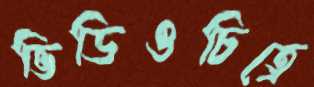
ভিডিওচিত্রে